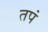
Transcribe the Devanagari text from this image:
तपं